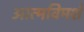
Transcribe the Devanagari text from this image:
आत्मविमर्श